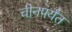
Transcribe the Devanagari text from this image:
चीनपर्यंत